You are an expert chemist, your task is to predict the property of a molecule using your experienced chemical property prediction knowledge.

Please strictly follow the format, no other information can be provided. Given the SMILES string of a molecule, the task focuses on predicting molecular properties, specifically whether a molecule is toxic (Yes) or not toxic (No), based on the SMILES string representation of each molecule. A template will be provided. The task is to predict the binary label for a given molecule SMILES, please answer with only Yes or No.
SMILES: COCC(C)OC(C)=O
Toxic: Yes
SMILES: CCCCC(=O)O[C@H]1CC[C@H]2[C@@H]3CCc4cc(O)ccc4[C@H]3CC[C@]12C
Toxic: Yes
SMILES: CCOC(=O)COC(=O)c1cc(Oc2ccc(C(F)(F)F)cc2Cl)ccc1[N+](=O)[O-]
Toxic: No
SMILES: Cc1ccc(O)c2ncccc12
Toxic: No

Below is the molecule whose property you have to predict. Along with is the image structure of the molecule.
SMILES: C[N@+]12CCCC[C@@H]1CCC(=C(c1cccs1)c1cccs1)C2
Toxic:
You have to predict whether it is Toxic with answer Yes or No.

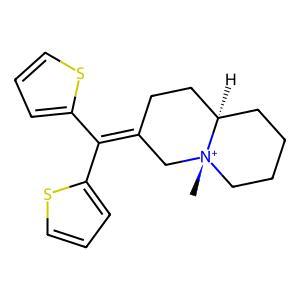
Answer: No